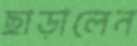
ছাড়ালেন